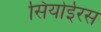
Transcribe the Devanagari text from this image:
सियोईरस